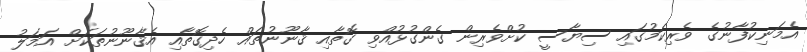
އެމަނިކުފާނުގެ ވެރިކަމުގައި ސިޔާސީ ކުށްވެރިން ގެންގުޅުއްވި ގޮތާއި ޤާނޫނުތައް ހެދިގޮތާއި އެޤާނޫނުތަކަށް އަމަލު